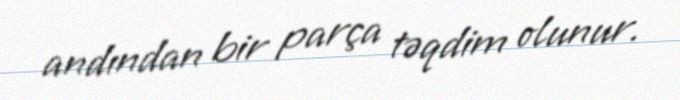
andından bir parça təqdim olunur.